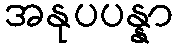
အနုပပန္နာ